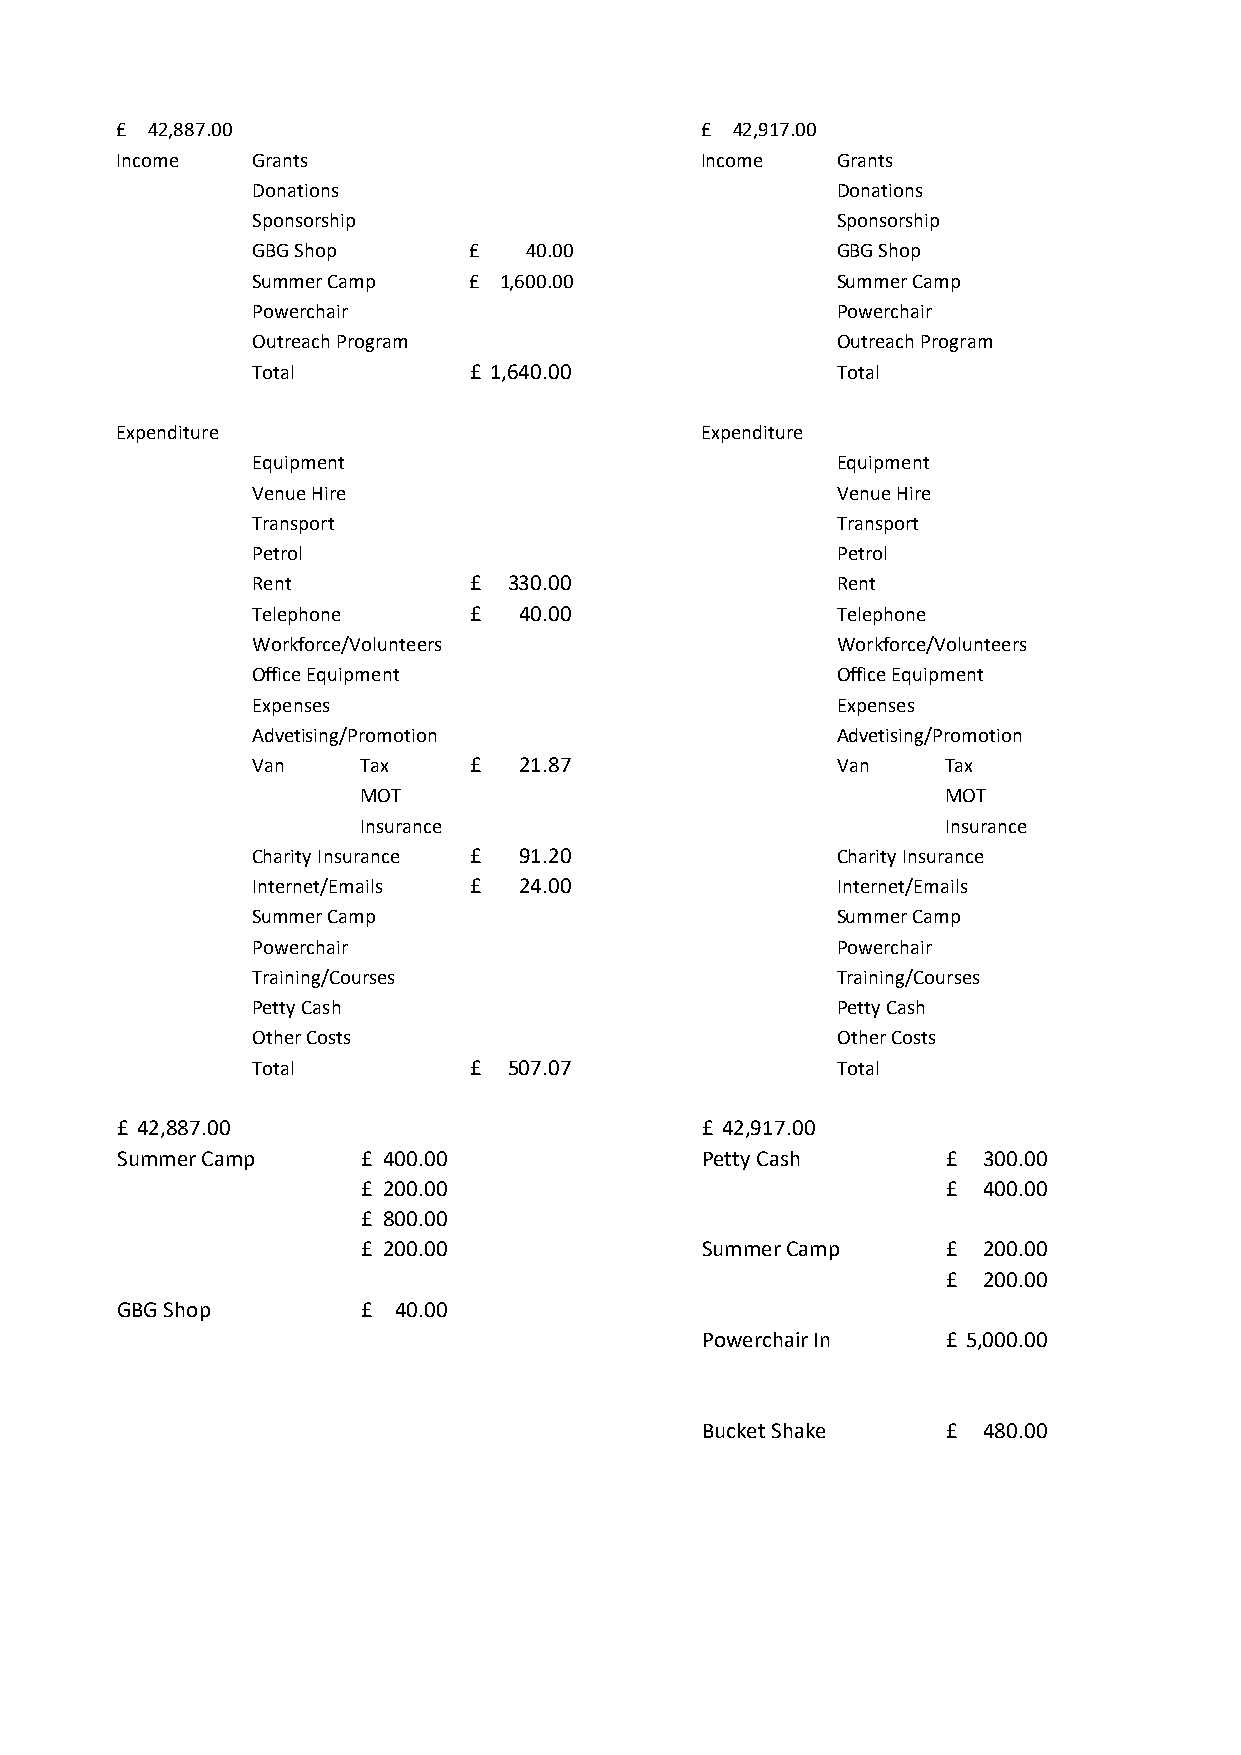
£ 42,887.00                           £ 42,917.00
 Income   Grants                       Income   Grants
 Donations                             Donations
 Sponsorship                           Sponsorship
 GBG Shop      £   40.00               GBG Shop
 Summer Camp   £ 1,600.00              Summer Camp
 Powerchair                            Powerchair
 Outreach Program                      Outreach Program
 Total         £ 1,640.00              Total
 Expenditure                           Expenditure
 Equipment                             Equipment
 Venue Hire                            Venue Hire
 Transport                             Transport
 Petrol                                Petrol
 Rent          £  3 30.00              Rent
 Telephone     £  40.00                Telephone
 Workforce/Volunteers                  Workforce/Volunteers
 Office Equipment                      Office Equipment
 Expenses                              Expenses
 Advetising/Promotion                  Advetising/Promotion
 Van    Tax    £  21.87                Van    Tax
 MOT                                   MOT
 Insurance                             Insurance
 Charity Insurance £ 91.20             Charity Insurance
 Internet/Emails £ 24.00               Internet/Emails
 Summer Camp                           Summer Camp
 Powerchair                            Powerchair
 Training/Courses                      Training/Courses
 Petty Cash                            Petty Cash
 Other Costs                           Other Costs
 Total         £  5 07.07              Total
 £ 42,887.00                           £ 42,917.00
 Summer Camp     £ 400.00              Petty Cash       £ 3 00.00
 £ 200.00                               £ 4 00.00
 £ 800.00
 £ 200.00              Summer Camp      £ 2 00.00
 £ 2 00.00
 GBG Shop        £ 40.00
 Powerchair In    £ 5,000.00
 Bucket Shake     £ 4 80.00
 Powerchair in